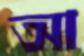
আ